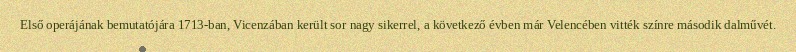
Első operájának bemutatójára 1713-ban, Vicenzában került sor nagy sikerrel, a következő évben már Velencében vitték színre második dalművét.